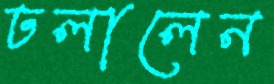
ঢলালেন